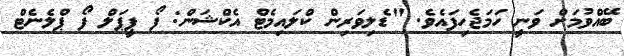
ބޭއްވުމަށް ވަނީ ހަމަޖެހިފައެވެ. "ޑެލިވަރިން ކްލައިމެޓް އެކްޝަން: ފޯ ޕީޕަލް ފޯ ޕްލެނެޓް